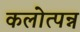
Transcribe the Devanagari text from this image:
कलोत्पन्न